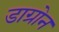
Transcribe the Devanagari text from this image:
डाग्रोन